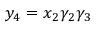
y _ { 4 } = x _ { 2 } \gamma _ { 2 } \gamma _ { 3 }